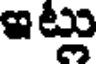
ఇట్లు